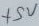
Text: +5V